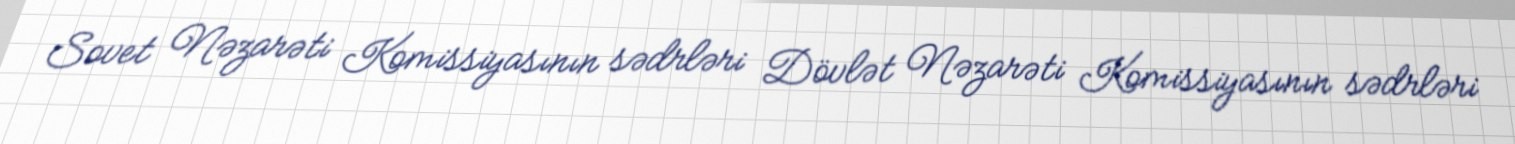
Sovet Nəzarəti Komissiyasının sədrləri Dövlət Nəzarəti Komissiyasının sədrləri